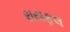
રાયફલ